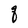
Character: q